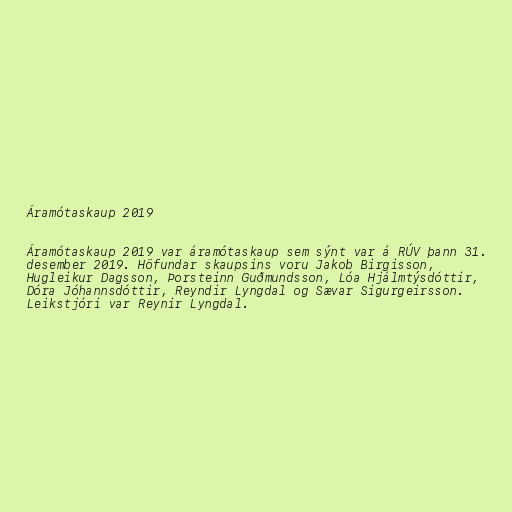
Áramótaskaup 2019

Áramótaskaup 2019 var áramótaskaup sem sýnt var á RÚV þann 31.
desember 2019. Höfundar skaupsins voru Jakob Birgisson,
Hugleikur Dagsson, Þorsteinn Guðmundsson, Lóa Hjálmtýsdóttir,
Dóra Jóhannsdóttir, Reyndir Lyngdal og Sævar Sigurgeirsson.
Leikstjóri var Reynir Lyngdal.